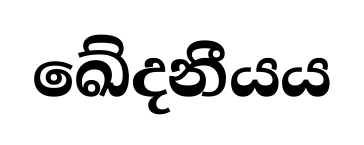
ඛේදනීයය